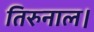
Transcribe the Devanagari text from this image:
तिरुनाल।